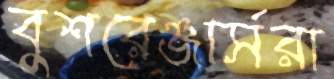
বুশরেঞ্জার্সরা